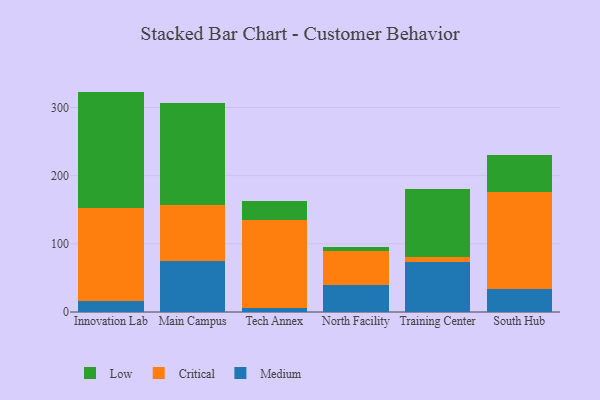
{"axis": {"x": "Campus", "y": "Website Visitors"}, "legend": ["Critical", "Low", "Medium"], "data": [{"x": "Innovation Lab", "y": 16.7, "type": "Medium"}, {"x": "Innovation Lab", "y": 136.4, "type": "Critical"}, {"x": "Innovation Lab", "y": 170.2, "type": "Low"}, {"x": "Main Campus", "y": 74.5, "type": "Medium"}, {"x": "Main Campus", "y": 82.8, "type": "Critical"}, {"x": "Main Campus", "y": 149.5, "type": "Low"}, {"x": "Tech Annex", "y": 6.1, "type": "Medium"}, {"x": "Tech Annex", "y": 129.4, "type": "Critical"}, {"x": "Tech Annex", "y": 27.5, "type": "Low"}, {"x": "North Facility", "y": 40.2, "type": "Medium"}, {"x": "North Facility", "y": 49.2, "type": "Critical"}, {"x": "North Facility", "y": 5.6, "type": "Low"}, {"x": "Training Center", "y": 72.9, "type": "Medium"}, {"x": "Training Center", "y": 7.8, "type": "Critical"}, {"x": "Training Center", "y": 99.7, "type": "Low"}, {"x": "South Hub", "y": 33.4, "type": "Medium"}, {"x": "South Hub", "y": 142.7, "type": "Critical"}, {"x": "South Hub", "y": 53.9, "type": "Low"}]}